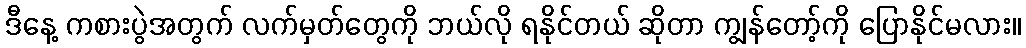
ဒီနေ့ ကစားပွဲအတွက် လက်မှတ်တွေကို ဘယ်လို ရနိုင်တယ် ဆိုတာ ကျွန်တော့်ကို ပြောနိုင်မလား။